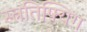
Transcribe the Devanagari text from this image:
स्त्रतिफ्यिंग